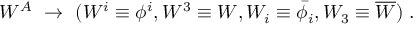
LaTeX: W ^ { A } \ \rightarrow \ ( W ^ { i } \equiv \phi ^ { i } , W ^ { 3 } \equiv W , W _ { i } \equiv \bar { \phi } _ { i } , W _ { 3 } \equiv \overline { { W } } ) \; .